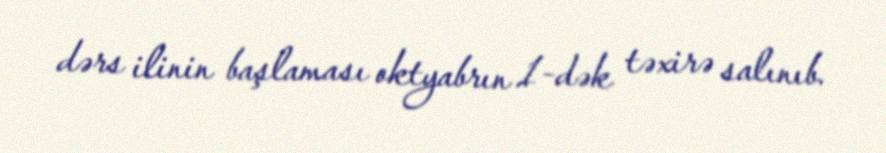
dərs ilinin başlaması oktyabrın 1-dək təxirə salınıb.